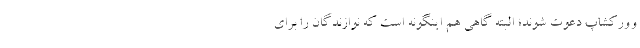
وورکشاپ دعوت شوند؛ البته گاهی هم اینگونه است که نوازندگان را برای